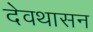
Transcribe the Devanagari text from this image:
देवथासन